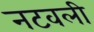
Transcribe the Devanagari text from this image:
नटवली